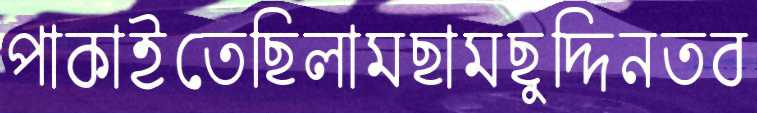
পাকাইতেছিলামছামছুদ্দিনতব